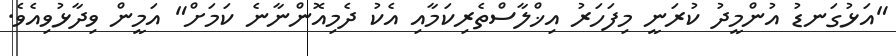
"އަޅުގަނޑު އުންމީދު ކުރަނީ މިފަހަރު އިޚްލާސްތެރިކަމާއި އެކު ދެމިއޮންނާނެ ކަމަށް" އަމީން ވިދާޅުވިއެވެ.